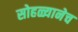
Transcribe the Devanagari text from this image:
सोहळ्यानेच